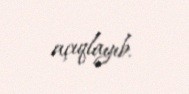
açıqlayıb.